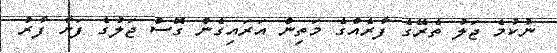
ނުކުމެ ޖަލު ތެރޭގެ ފާރެއްގެ މަތިން އަރައިގެން ގޮސް ޖަލުގެ ފަށާ ފާރު